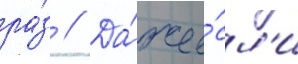
ра́з // Да́же е́сл'и